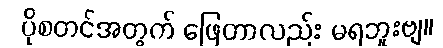
ပိုစတင်အတွက် ဖြေတာလည်း မရဘူးဗျ။